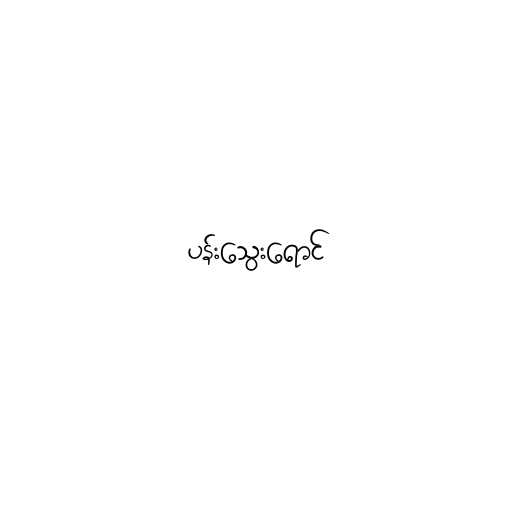
ပန်းသွေးရောင်